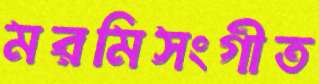
মরমিসংগীত